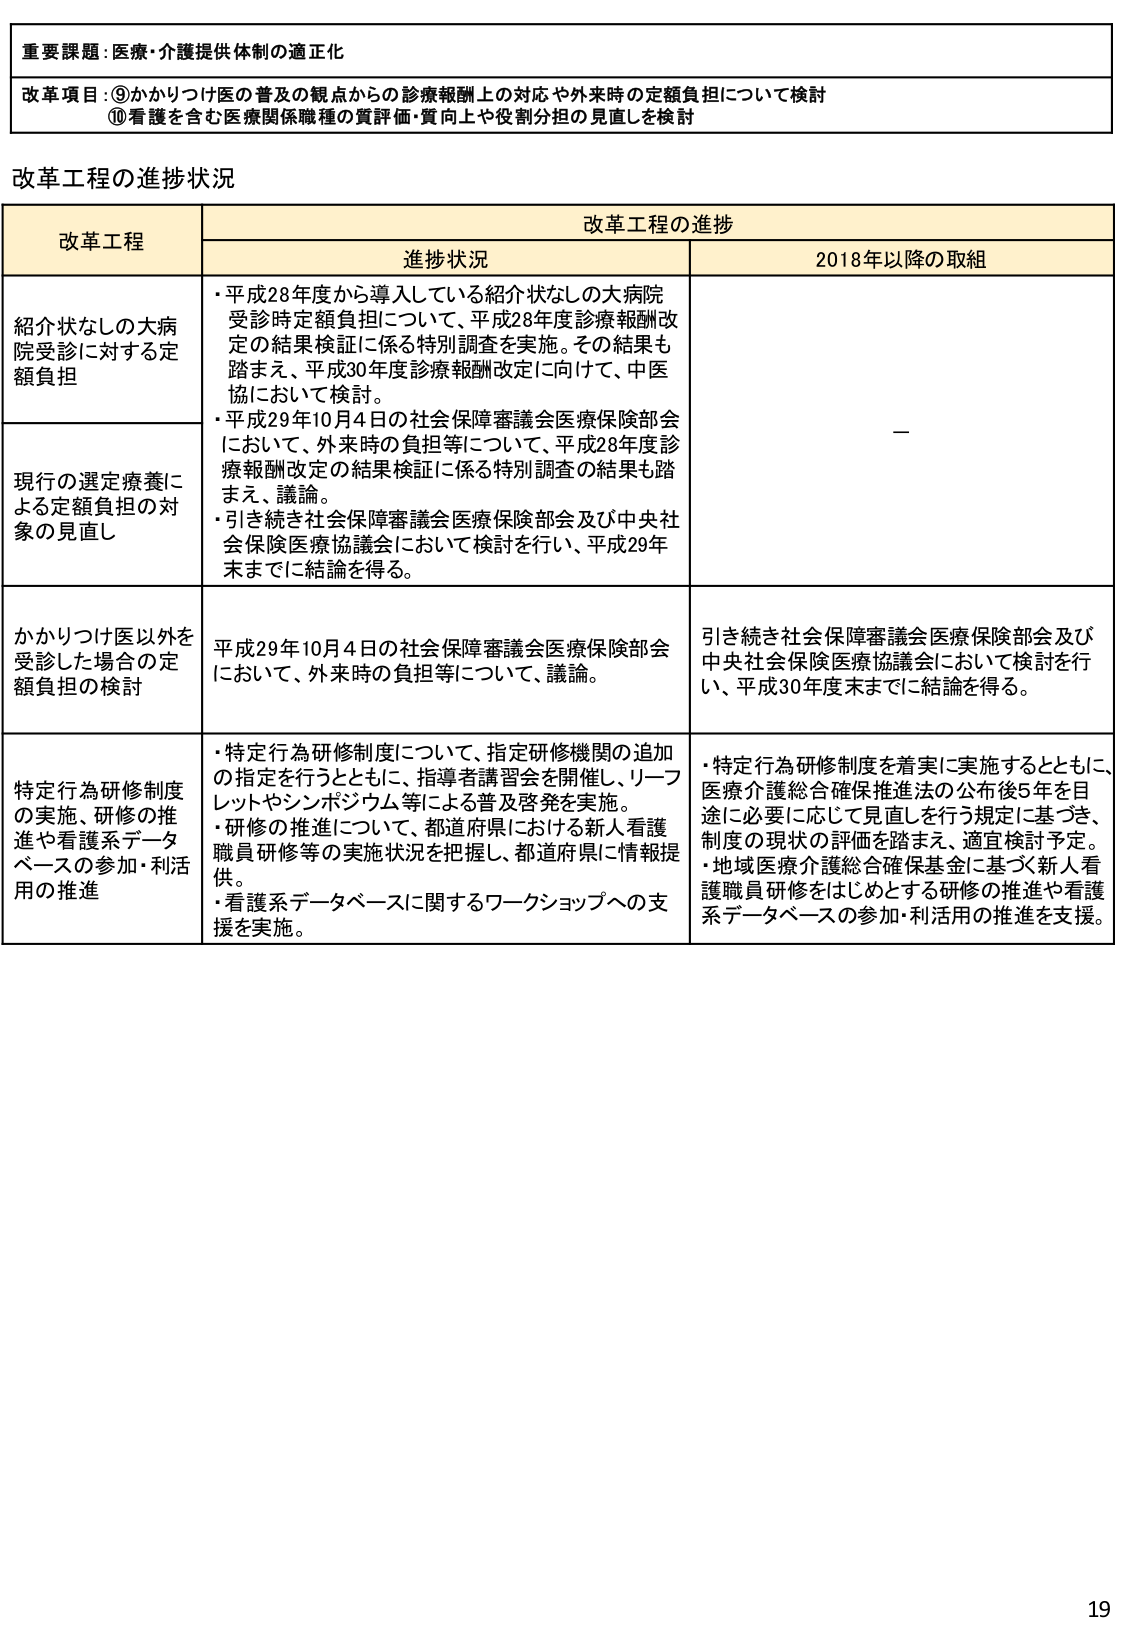
重要課題：医療・介護提供体制の適正化

改革項目：⑨かかりつけ医の普及の観点からの診療報酬上の対応や外来時の定額負担について検討
⑩看護を含む医療関係職種の質評価・質向上や役割分担の見直しを検討

改革工程の進捗状況

改革工程